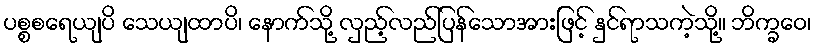
ပစ္စစရေယျပိ သေယျထာပိ၊ နောက်သို့ လှည့်လည်ပြန်သောအားဖြင့် နှင်ရာသကဲ့သို့။ ဘိက္ခဝေ၊